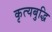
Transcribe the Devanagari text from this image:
कृत्यबुद्धि